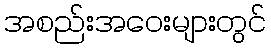
အစည်းအဝေးများတွင်